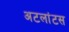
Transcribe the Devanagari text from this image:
अटलांटस